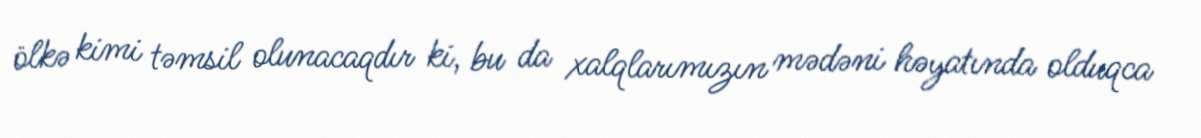
ölkə kimi təmsil olunacaqdır ki, bu da xalqlarımızın mədəni həyatında olduqca